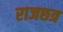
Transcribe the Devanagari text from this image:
राजछत्र